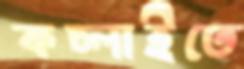
কচ্‌লাইতে